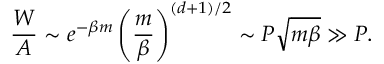
\frac { W } { A } \sim e ^ { - \beta m } \left( \frac { m } { \beta } \right) ^ { ( d + 1 ) / 2 } \sim P { \sqrt { m \beta } } \gg P .